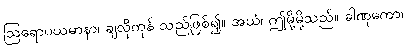
ဩရောပယမာနာ၊ ချလိုကုန် သည်ဖြစ်၍။ အယံ၊ ဤမို့မို့သည်။ ခါဏုကော၊